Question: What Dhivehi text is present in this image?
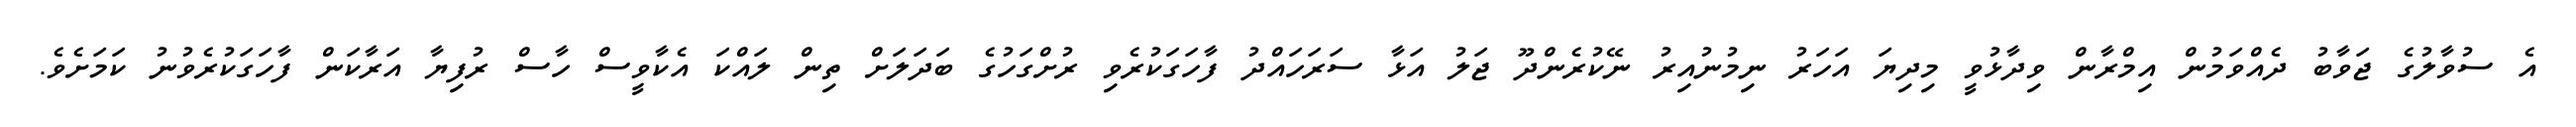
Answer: އެ ސުވާލުގެ ޖަވާބު ދެއްވަމުން އިމްރާން ވިދާޅުވީ މިދިޔަ އަހަރު ނިމުނުއިރު ނޭކުރެންދޫ ޖަލު އަޅާ ސަރަހައްދު ފާހަގަކުރެވި ރުށްގަހުގެ ބަދަލަށް ތިން ލައްކަ އެކާވީސް ހާސް ރުފިޔާ އަރާކަން ފާހަގަކުރެވުނު ކަމަށެވެ.